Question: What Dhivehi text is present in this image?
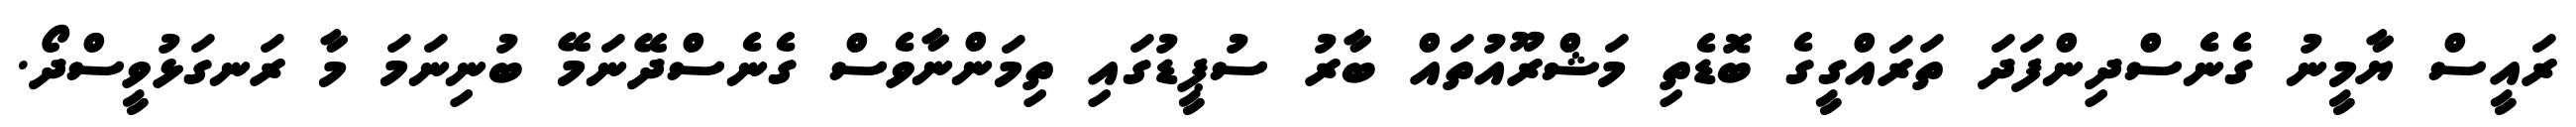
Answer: ރައީސް ޔާމީނު ގެނެސްދިންފަދަ ތަރައްގީގެ ބޮޑެތި މަޝްރޫއުތައް ބާރު ސުޕީޑުގައި ތިމަންނާވެސް ގެނެސްދޭނަމޭ ބުނިނަމަ މާ ރަނގަޅުވީސްދޯ.